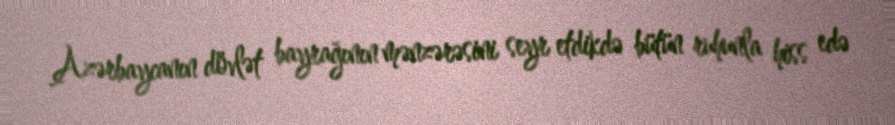
Azərbaycanın dövlət bayrağının mənzərəsini seyr etdikdə bütün ruhunla hiss edə